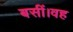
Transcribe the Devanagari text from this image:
बसीं।वह